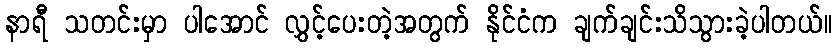
နာရီ သတင်းမှာ ပါအောင် လွှင့်ပေးတဲ့အတွက် နိုင်ငံက ချက်ချင်းသိသွားခဲ့ပါတယ်။